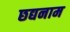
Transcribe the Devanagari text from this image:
छद्यनाम